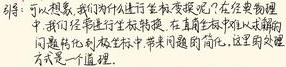
猜：可以想象，我们所处的笛卡尔变换现在已经变得粗糙。中间过程坐标被粗糙化。在直角坐标系这样的解析几何里，抛物线在坐标中带来问题的简化，从远处的